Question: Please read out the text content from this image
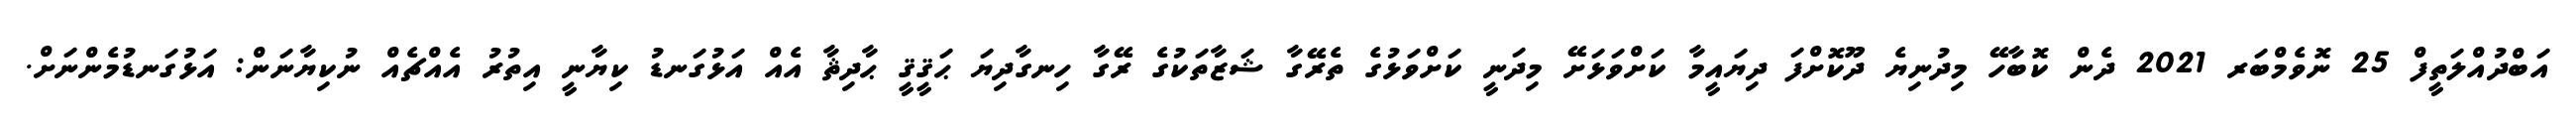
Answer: އަބްދުއްލަތީފް 25 ނޮވެމްބަރ 2021 ދެން ކޮބާހޭ މިދުނިޔެ ދޫކޮށްފަ ދިޔައީމާ ކަށްވަޅަށޭ މިދަނީ ކަށްވަޅުގެ ތެރޭގާ ޝަޒާތަކުގެ ރޭގާ ހިނގާދިޔަ ޙަޤީޤީ ޙާދިޘާ އެއް އަޅުގަނޑު ކިޔާނީ އިތުރު އެއްޗެއް ނުކިޔާނަން: އަޅުގަނޑުމެންނަށް.